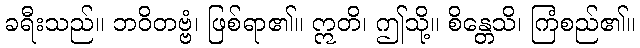
ခရီးသည်။ ဘဝိတဗ္ဗံ၊ ဖြစ်ရာ၏။ ဣတိ၊ ဤသို့။ စိန္တေသိ၊ ကြံစည်၏။